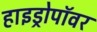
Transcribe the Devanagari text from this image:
हाइड्रोपॉवर